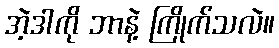
အဲ့ဒါကို ဘာနဲ့ ကြိုက်သလဲ။